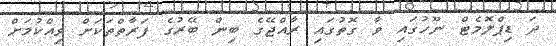
ދަ ޑިޕްލޮމެޓް ނޫހުގައި ވާ ގޮތުގައި ރާއްޖޭގެ ބިން ބޭރުގެ ފަރާތްތަކަށް ވިއްކުމަށް